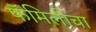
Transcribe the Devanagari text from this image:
फॅमिलीचा